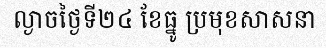
ល្ងាចថ្ងៃទី២៤ ខែធ្នូ ប្រមុខសាសនា